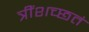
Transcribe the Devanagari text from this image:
त्रींशच्छतं